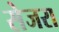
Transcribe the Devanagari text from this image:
सेजरा